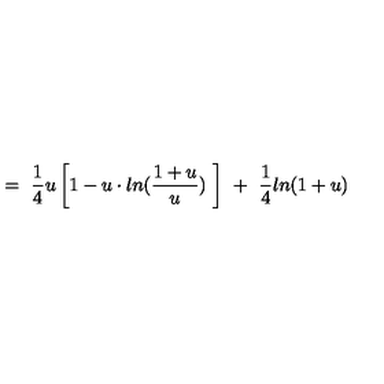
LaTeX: = \ \frac { 1 } { 4 } u \left[ 1 - u \cdot l n ( \frac { 1 + u } { u } ) \ \right] \ + \ \frac { 1 } { 4 } l n ( 1 + u )